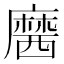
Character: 𪎢